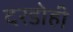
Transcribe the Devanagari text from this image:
दरडोही